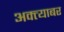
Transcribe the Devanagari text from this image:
अक्त्याबर